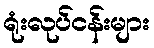
ရုံးလုပ်ငန်းများ